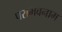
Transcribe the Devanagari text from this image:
पराभवनाम